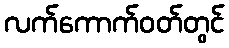
လက်ကောက်ဝတ်တွင်